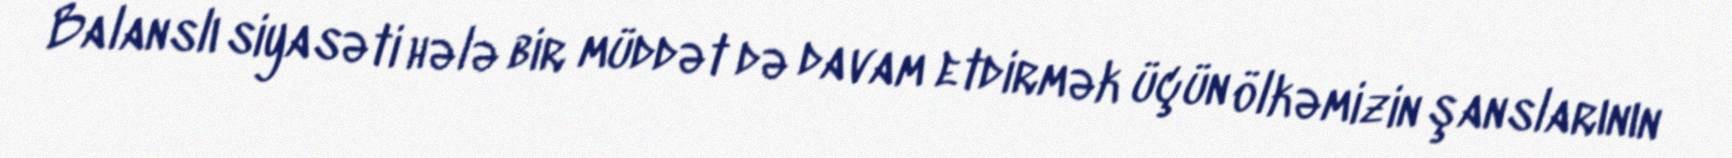
Balanslı siyasəti hələ bir müddət də davam etdirmək üçün ölkəmizin şanslarının